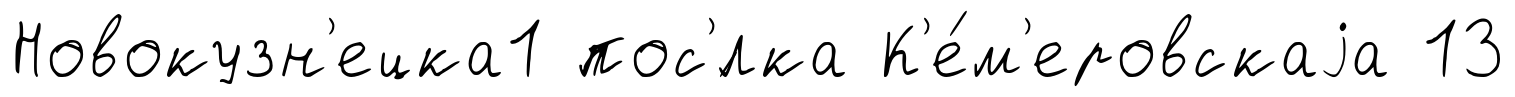
Новокузн'ецка1 пос'́лка К'е́м'еровскаjа 13